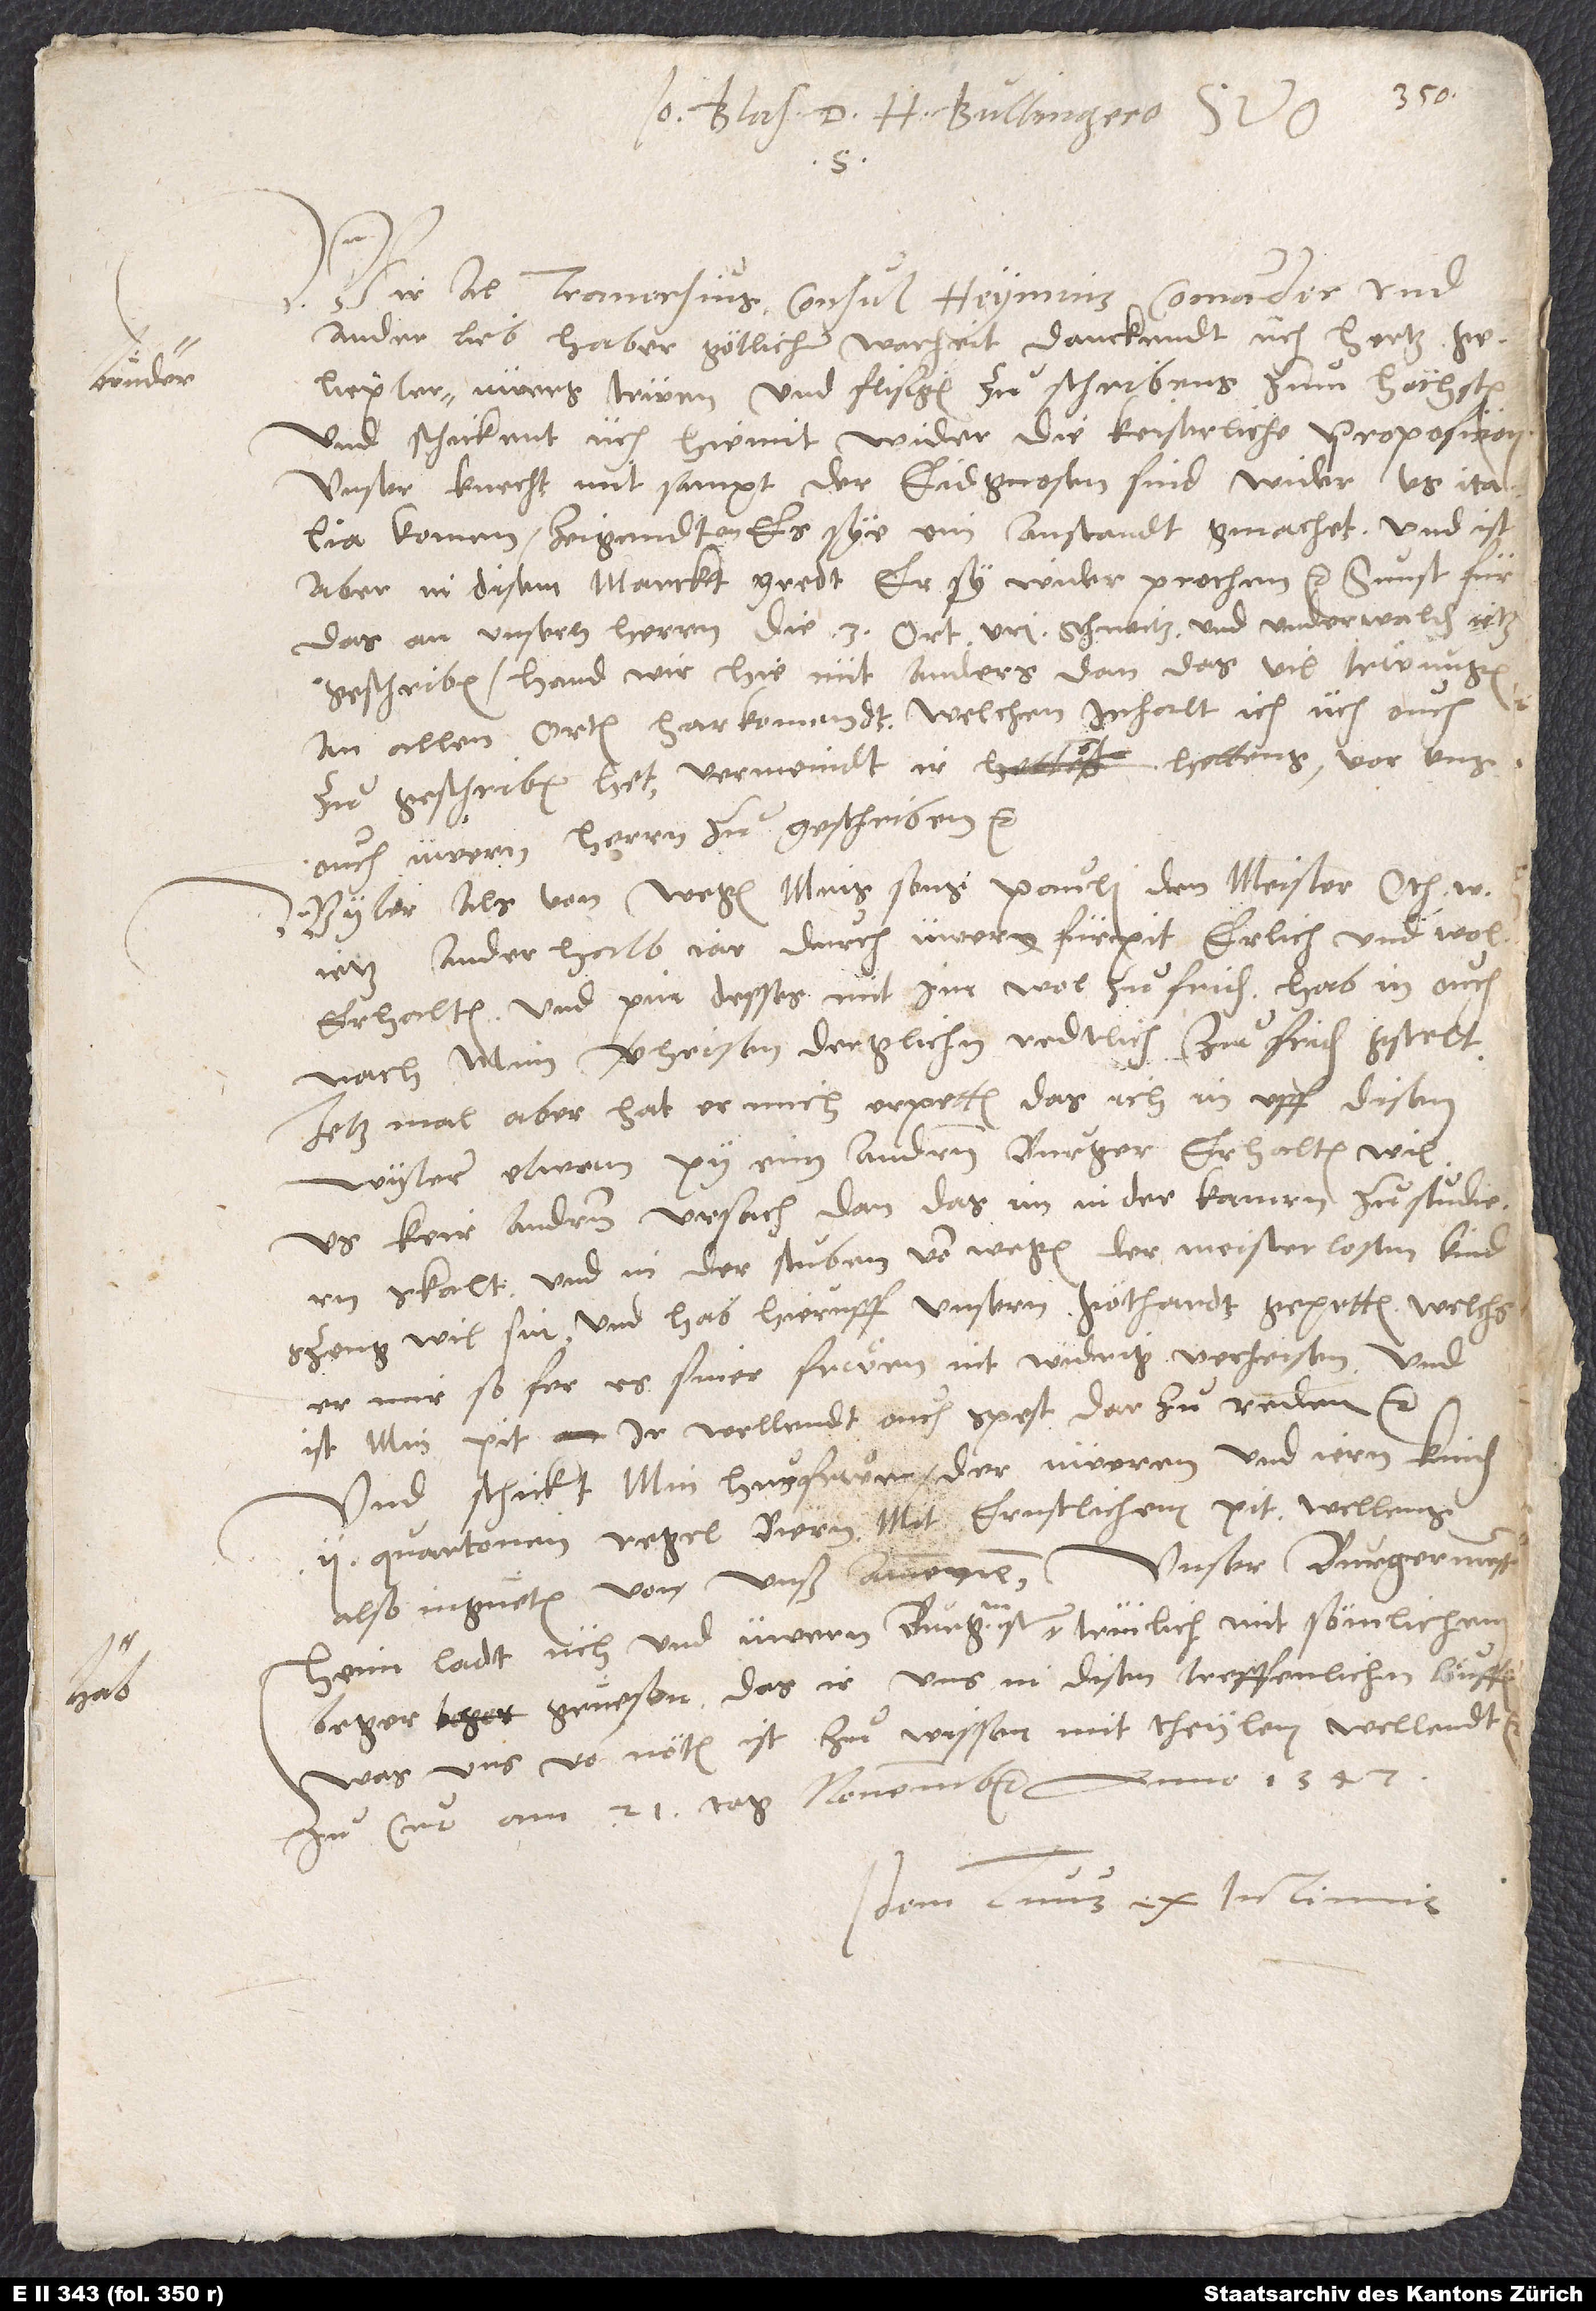
bruͦder,

Blasius d. H. Bullingero suo
Traversius, consul Heymius, Comander und
ander liebhaber götlicher warheit danckendt üch, hertzgeliepter
üwers trüwen und flißigen zuschribens zum höchsten
und schickent üch hiemit wider die keiserliche proposicion.
Unser knecht mitsampt der eidgnosen sind wider us Italia
komen. Zeigendt an, es sye ein anstandt gmachet. Und ist
aber in disem marckt gredt, er sy wider prochen, etc. Sunst für
das an unseren herrn die 3 Ort Uri, Schwitz und Underwalden jetz
geschriben, hand wir hie nüt anders, dan das vil trüwungen
an allen orten harkomendt, welchen inhalt ich üch ouch
zugeschriben het (vermeindt, ir hettens vor uns
ouch üwern herrn zugeschriben, etc.).
Wyter als von wegen mins sons Pauli, den meister Otho
jetz anderhalb jar durch üwern fürpit erlich und wol
erhalten (und pin desses mit im wol zufriden, hab in ouch
nach mim verheisen derglichn redtlich zufriden gstelt),
jetzmal aber hat er mich erpetten, das ich in uff disen
wyter etwan py eim andren burger erhalten wil,
us keir andren ursach, dan das im in der kamrn zu studiern
skalt und in der stuben von wegen der meisterlosn kind
szeng wil sin. Und hab hieruff unsern Göthardt gepetten, welchs
er mir, so fer es siner frwen nit widrig, verhaisen, und
ist min pit, ir wellendt ouch spest darzu reden, etc.
Und schickt min husfrwen der üweren und iern kinden
2 quartonen regelbiern mit ernstlichem pit, wellens
Unser burgermeßter
also in guetem von unß annemen.
Heim ladt üch und üwern burgermeister Hab trüilich mit sömlichem
beger gruͤesen, das ir uns in disen treffenlichen löuffen,
was uns von nöten ist zuͦ wissen, mittheylen wellendt,
Zu Cur, am 21. tag novembris anno 1547.
Idem, tuus ex intimis.